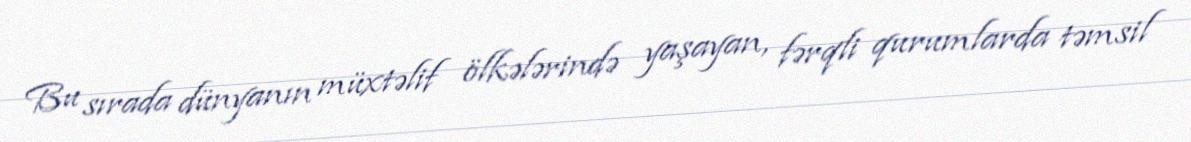
Bu sırada dünyanın müxtəlif ölkələrində yaşayan, fərqli qurumlarda təmsil